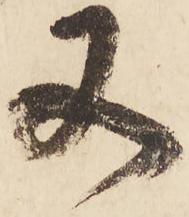
又